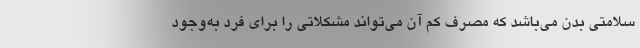
سلامتی بدن می‌باشد که مصرف کم آن می‌تواند مشکلاتی را برای فرد به‌وجود